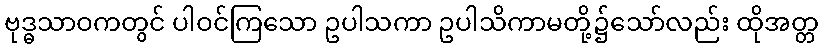
ဗုဒ္ဓသာဝကတွင် ပါဝင်ကြသော ဥပါသကာ ဥပါသိကာမတို့၌သော်လည်း ထိုအတ္တ